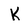
Character: K